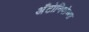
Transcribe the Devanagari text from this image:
अँटोनियोच्या